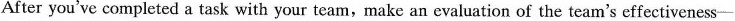
After you've completed a task with your team,make an evaluation of the team's effectiveness——